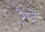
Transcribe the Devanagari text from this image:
रैम्ज़े